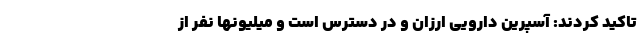
تاکید کردند: آسپرین دارویی ارزان و در دسترس است و میلیونها نفر از